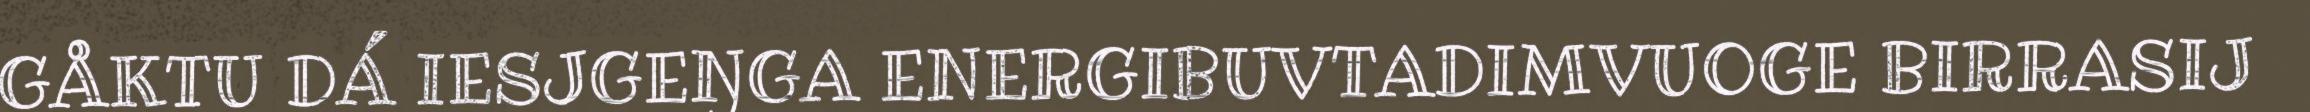
GÅKTU DÁ IESJGEŊGA ENERGIBUVTADIMVUOGE BIRRASIJ